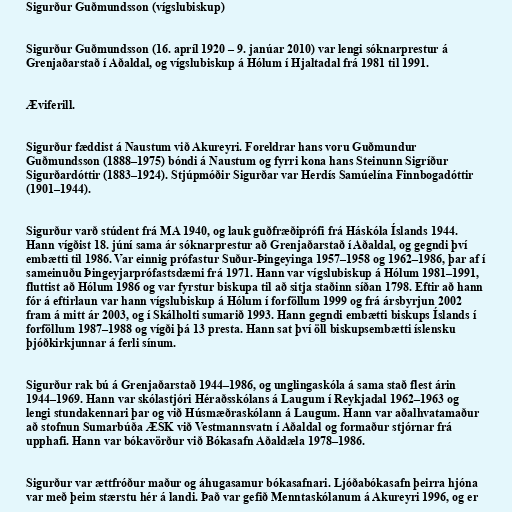
Sigurður Guðmundsson (vígslubiskup)

Sigurður Guðmundsson (16. apríl 1920 – 9. janúar 2010) var lengi sóknarprestur á
Grenjaðarstað í Aðaldal, og vígslubiskup á Hólum í Hjaltadal frá 1981 til 1991.

Æviferill.

Sigurður fæddist á Naustum við Akureyri. Foreldrar hans voru Guðmundur
Guðmundsson (1888–1975) bóndi á Naustum og fyrri kona hans Steinunn Sigríður
Sigurðardóttir (1883–1924). Stjúpmóðir Sigurðar var Herdís Samúelína Finnbogadóttir
(1901–1944).

Sigurður varð stúdent frá MA 1940, og lauk guðfræðiprófi frá Háskóla Íslands 1944.
Hann vígðist 18. júní sama ár sóknarprestur að Grenjaðarstað í Aðaldal, og gegndi því
embætti til 1986. Var einnig prófastur Suður-Þingeyinga 1957–1958 og 1962–1986, þar af í
sameinuðu Þingeyjarprófastsdæmi frá 1971. Hann var vígslubiskup á Hólum 1981–1991,
fluttist að Hólum 1986 og var fyrstur biskupa til að sitja staðinn síðan 1798. Eftir að hann
fór á eftirlaun var hann vígslubiskup á Hólum í forföllum 1999 og frá ársbyrjun 2002
fram á mitt ár 2003, og í Skálholti sumarið 1993. Hann gegndi embætti biskups Íslands í
forföllum 1987–1988 og vígði þá 13 presta. Hann sat því öll biskupsembætti íslensku
þjóðkirkjunnar á ferli sínum.

Sigurður rak bú á Grenjaðarstað 1944–1986, og unglingaskóla á sama stað flest árin
1944–1969. Hann var skólastjóri Héraðsskólans á Laugum í Reykjadal 1962–1963 og
lengi stundakennari þar og við Húsmæðraskólann á Laugum. Hann var aðalhvatamaður
að stofnun Sumarbúða ÆSK við Vestmannsvatn í Aðaldal og formaður stjórnar frá
upphafi. Hann var bókavörður við Bókasafn Aðaldæla 1978–1986.

Sigurður var ættfróður maður og áhugasamur bókasafnari. Ljóðabókasafn þeirra hjóna
var með þeim stærstu hér á landi. Það var gefið Menntaskólanum á Akureyri 1996, og er